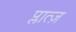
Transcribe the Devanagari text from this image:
प्लात्ज़